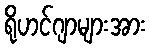
ရိုဟင်ဂျာများအား